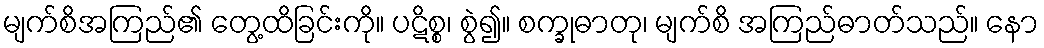
မျက်စိအကြည်၏ တွေ့ထိခြင်းကို။ ပဋိစ္စ၊ စွဲ၍။ စက္ခုဓာတု၊ မျက်စိ အကြည်ဓာတ်သည်။ နော